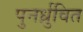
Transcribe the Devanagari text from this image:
पुनर्ध्रुवित